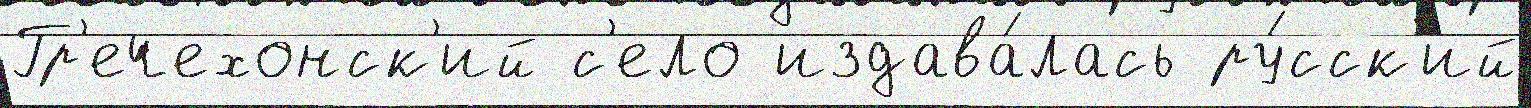
Гр'ечехонск'ий с'ело издава́лась ру́сск'ий